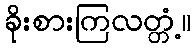
ခိုးစားကြလတ္တံ့။